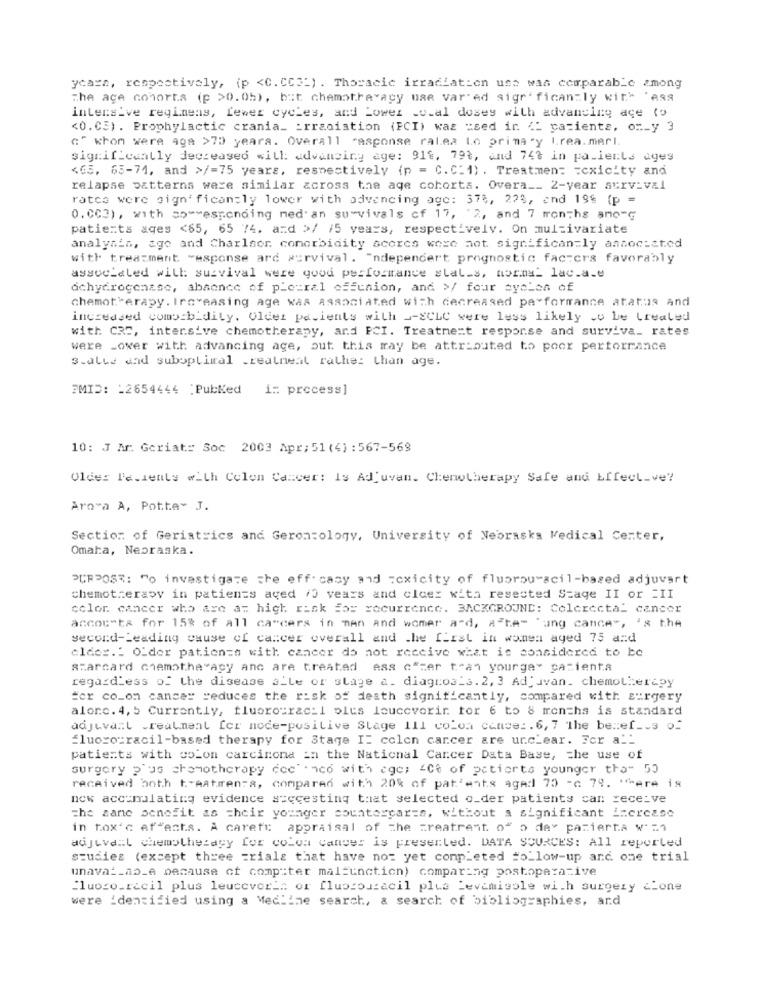
ycara, respectively, (p <C. CC.") . Thoracic irradiation uss was comparable among
The age cohorts (p >0.05), but chemotherapy uae var' ed sigr' fican:ly with 'ASS
intensive regimens, fewer cycles, and Lower Local doses with advancing ace (o
<0.05) . Prophylactic crania_ _ rradiation (FCI) was =sed in "" patients, or_y 3
"" whom were aga >70 years. Overall "asponse ralea Lo prima .y L.rea. mari.
significantly decreased will: advancing age: 919, 79%, and 743 in patients ages
<G5. 65-71, and >/=75 years, respectively (p = C.C.1) . Treatment =cxicity and
relapse patterns were similar across the age cohorts. Overa __ 2-year aurv:val
ratce were sign' ficantly lower with advencing age: 374, 223, end 199 (p =
0.CC2), with so-responding ned an survivals of 17, 2, and 7 months ano-c
patients ages <65, 65 74. and >/ /5 years, respectively. On multivariate
analysis, age and Charlaor comorbidity scores were not significantly associated
with treatment "esponse arc survival. "ndepencert prognostic factors favorably
associdled will survival were good performance states, morna_ lac.a.e
dchydrogenase, absence of pleural offunion, and >/ four cycles of
chemotherapy. Increasing age was associated with decreased performance atatas and
increased combib_dily. Older pacients with _- ECLC were less likely cu be Created
with CRD, intersive chemotherapy, and PCI. Treatment response and surviva_ rates
were _over with advancing age, out this may be attributed to poor performance
s.alle and suboptimal treatment rather than age.
PMID: - 2654444 :PubKed i: process]
10: J Ar. Geriat= Soc 2003 Apr: 51 (4) : 567-569
Older Patients with Colon Cancer: Is Adjuvan. Chemotherapy Safe and Effect_ve?
Arora A, Potte- J.
Section of Geriatrics and Gerontology, University of Nebraska Medical Center,
Omaha, Nebraska.
PURPOSE: To investigate the eff casy and Toxicity of fluorouracil-based adjuvart
chemotherapy in patients aged /0 years and clcer with resected Stage II or =II
color cancer who are at high risk for recurrence. BACKGROUND: Colorectal cancer
accou"ta for 15% of all ca"cers in men and womer ard, a"te" "ung cance", 'x the
second-Leading cause of cancer overall and .he first in wonen aged 75 and
elder .: Older patients with cancer do not receive what is considered to be
starcard chemotherapy anc are treated ess c"zer tran yourge" pacienta
regardless of the disease alle or stage a. diagnosis. 2, 3 Adjuvan. chemotherapy
for co_on cancer reduces the risk of death significantly, compared with surgery
alone. 4, 5 Currently, fluorouracil oits louceverir for 6 to 8 months is standard
adjuvant .realneal fer node-positive Stage 111 colon cancer. 6, 7 The benef _. s o.
fluorouracil-based therapy for Stage I: colon cancer are urclear. For all
patients with colon carcinona in the National Cancer Data Base, the use of
surgery 2'as chemotherapy decinco with egc; < Ce of patients younger than 50
received both t"Aatrren-a, compared with 20% of patients aged 75 -c 79. *** ere is
new accumulating evidence succesting that selected o_der patients can receive
the same sonofit as their younger counterparts, without a significant increase
in tox's af"ants. A carett appraisal of The creatrent of o day pazierta w' ="
adjuvail chemotherapy for colon cancer is presented. DATA SOURCES: All reported
studies (except three =rials that have not yet completed #o_low-up and one trial
unaval_as_e because of computer malfunction) comparing postoperative
-luogo.racil plus leucovorla or fluorouracil plus Levamisole with surgery cione
were identified using a Medline search, a search of bibliographies, and